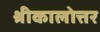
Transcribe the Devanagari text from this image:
श्रीकालोत्तर